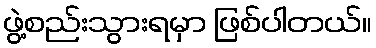
ဖွဲ့စည်းသွားရမှာ ဖြစ်ပါတယ်။